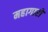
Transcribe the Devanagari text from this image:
महागारों